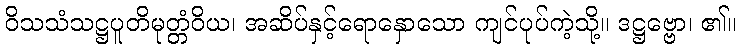
ဝိသသံသဋ္ဌပူတိမုတ္တံဝိယ၊ အဆိပ်နှင့်ရောနှောသော ကျင်ပုပ်ကဲ့သို့။ ဒဋ္ဌဗ္ဗော၊ ၏။